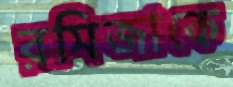
রমিজাকে